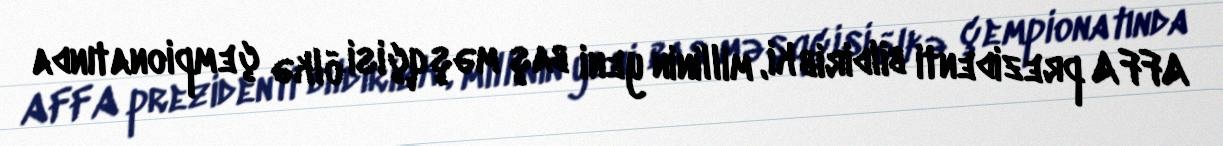
AFFA prezidenti bildirib ki, millinin yeni baş məşqçisi ölkə çempionatında